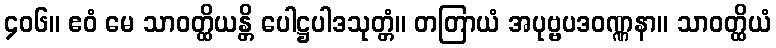
၄၀၆။ ဧဝံ မေ သာဝတ္ထိယန္တိ ပေါဋ္ဌပါဒသုတ္တံ။ တတြာယံ အပုဗ္ဗပဒဝဏ္ဏနာ။ သာဝတ္ထိယံ